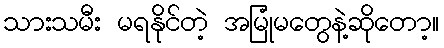
သားသမီး မရနိုင်တဲ့ အမြုံမတွေနဲ့ဆိုတော့။